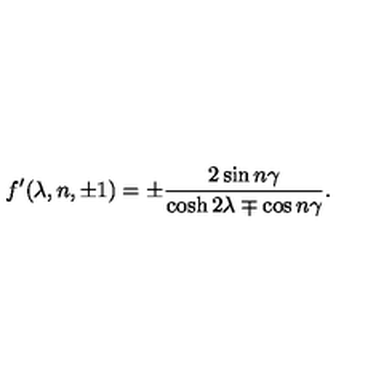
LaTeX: f ^ { \prime } ( \lambda , n , \pm 1 ) = \pm \frac { 2 \sin n \gamma } { \cosh 2 \lambda \mp \cos n \gamma } .